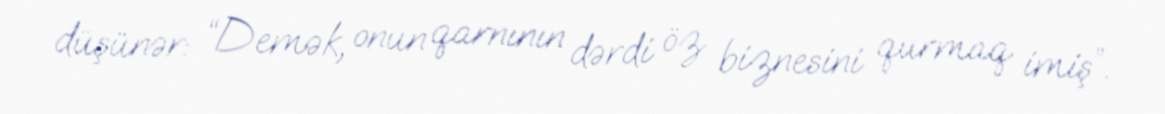
düşünər: “Demək, onun qarnının dərdi öz biznesini qurmaq imiş”.